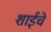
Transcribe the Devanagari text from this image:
शाईचे